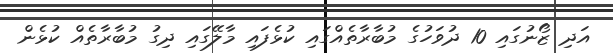
އަދި ޒޯނުގައި 10 ދުވަހުގެ މުބާރާތެއްގައި ކުޅެފައި މާލޭގައި ދިގު މުބާރާތެއް ކުޅެން